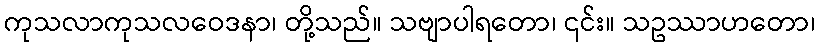
ကုသလာကုသလဝေဒနာ၊ တို့သည်။ သဗျာပါရတော၊ ၎င်း။ သဥဿာဟတော၊